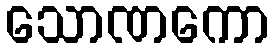
သောဏကော